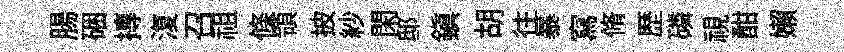
腸硱摶𣸪召祖條領披紗閑邸鎮胡往暴寫脩歴磷視酣嬾